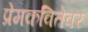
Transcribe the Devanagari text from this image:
प्रेमकवितेवर